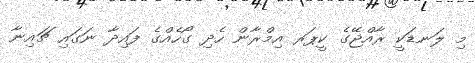
މި ލަނޑަކީ ރާއްޖޭގެ ކީޕަރ އިމްރާން ހެދި ގޯހެއްގެ ފައިދާ ނަގައި ޗައިނާ